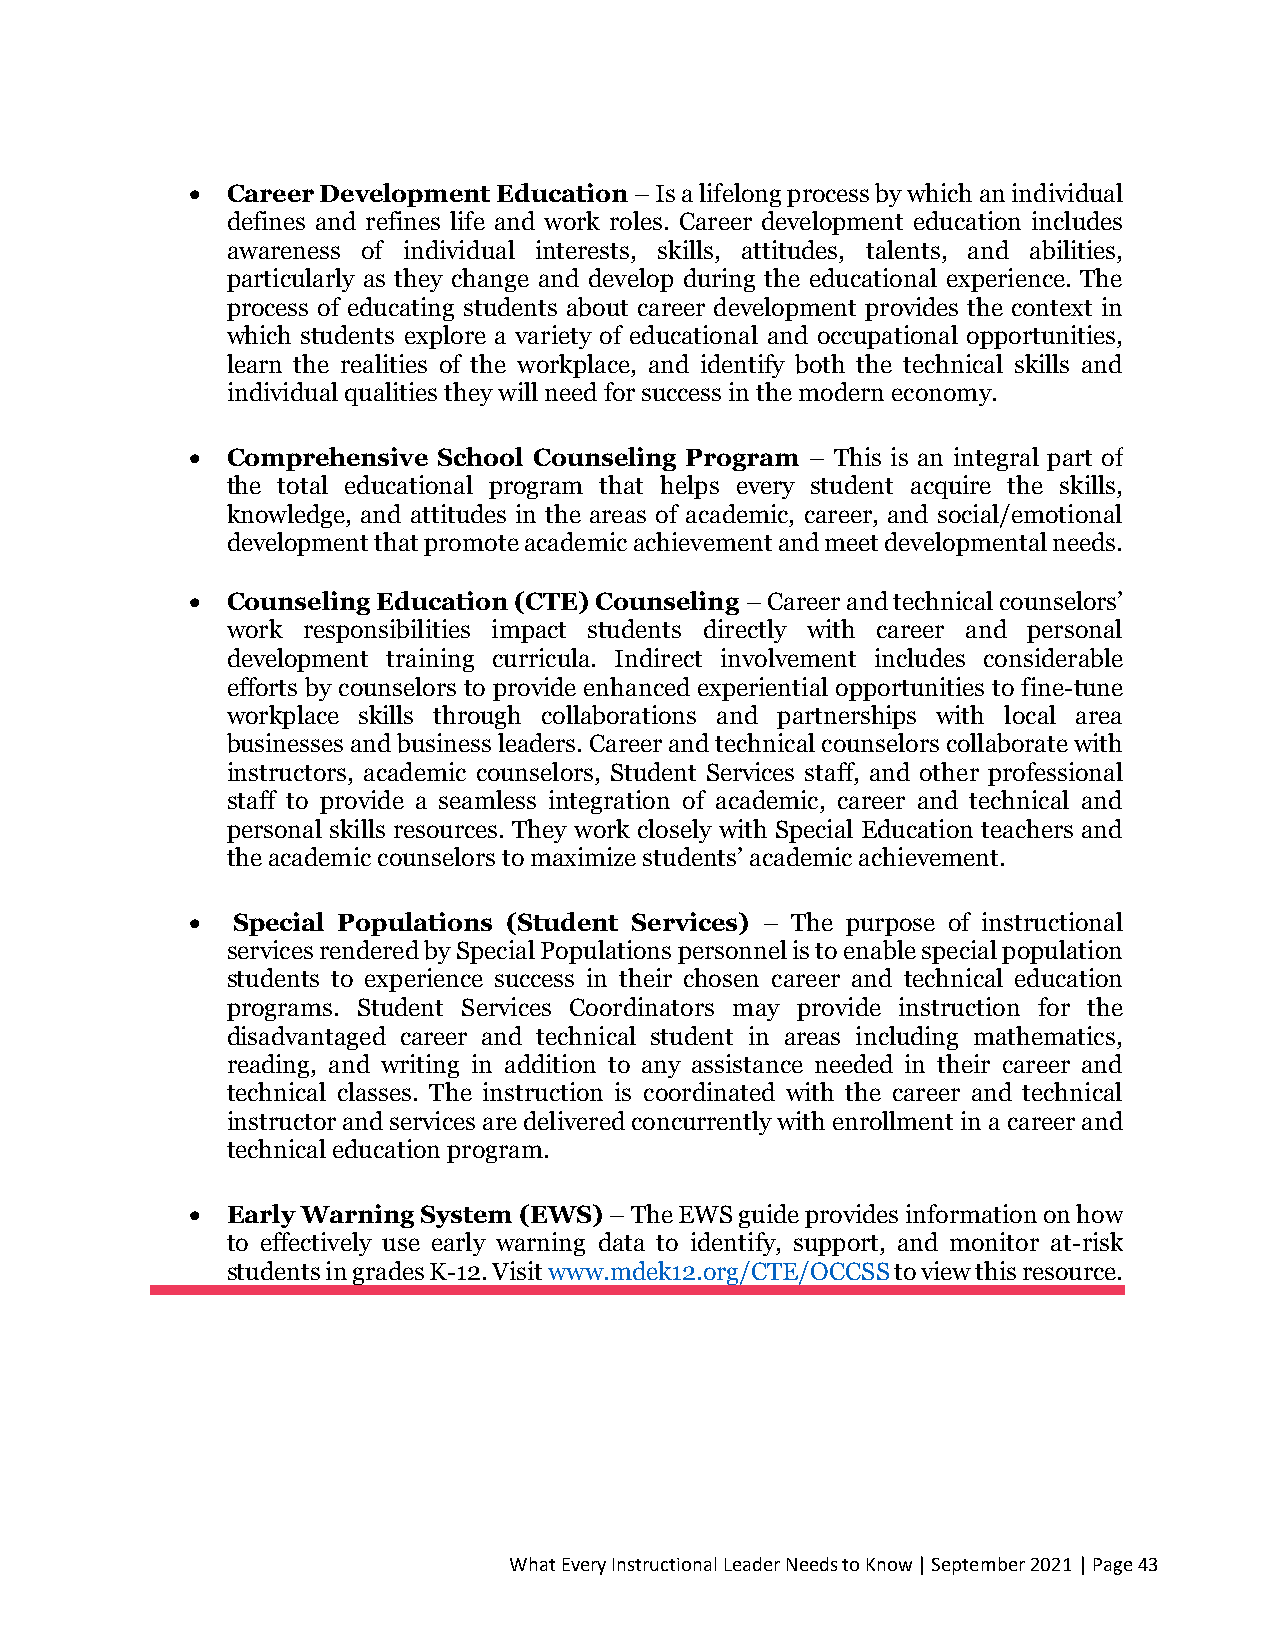
• Career Development Education – Is a lifelong process by which an individual
 defines and refines life and work roles. Career development education includes
 awareness of individual interests, skills, attitudes, talents, and abilities,
 particularly as they change and develop during the educational experience. The
 process of educating students about career development provides the context in
 which students explore a variety of educational and occupational opportunities,
 learn the realities of the workplace, and identify both the technical skills and
 individual qualities they will need for success in the modern economy.
 • Comprehensive School Counseling Program – This is an integral part of
 the total educational program that helps every student acquire the skills,
 knowledge, and attitudes in the areas of academic, career, and social/emotional
 development that promote academic achievement and meet developmental needs.
 • Counseling Education (CTE) Counseling – Career and technical counselors’
 work responsibilities impact students directly with career and personal
 development training curricula. Indirect involvement includes considerable
 efforts by counselors to provide enhanced experiential opportunities to fine-tune
 workplace skills through collaborations and partnerships with local area
 businesses and business leaders. Career and technical counselors collaborate with
 instructors, academic counselors, Student Services staff, and other professional
 staff to provide a seamless integration of academic, career and technical and
 personal skills resources. They work closely with Special Education teachers and
 the academic counselors to maximize students’ academic achievement.
 • Special Populations (Student Services) – The purpose of instructional
 services rendered by Special Populations personnel is to enable special population
 students to experience success in their chosen career and technical education
 programs. Student Services Coordinators may provide instruction for the
 disadvantaged career and technical student in areas including mathematics,
 reading, and writing in addition to any assistance needed in their career and
 technical classes. The instruction is coordinated with the career and technical
 instructor and services are delivered concurrently with enrollment in a career and
 technical education program.
 • Early Warning System (EWS) – The EWS guide provides information on how
 to effectively use early warning data to identify, support, and monitor at-risk
 s tudents in grades K-12. Visit www.mdek12.org/CTE/OCCSS to view this resource.
 What Every Instructional Leader Needs to Know | September 2021 | Page 43